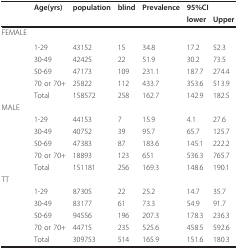
|  | Age(yrs) | population | blind | Prevalence | <COLSPAN=2> 95%CI |
 |  |  |  |  |  | lower | Upper |
 | --- | --- | --- | --- | --- | --- | --- |
 | FEMALE | <COLSPAN=6>  |
 |  | 1-29 | 43152 | 15 | 34.8 | 17.2 | 52.3 |
 |  | 30-49 | 42425 | 22 | 51.9 | 30.2 | 73.5 |
 |  | 50-69 | 47173 | 109 | 231.1 | 187.7 | 274.4 |
 |  | 70 or 70+ | 25822 | 112 | 433.7 | 353.6 | 513.9 |
 |  | Total | 158572 | 258 | 162.7 | 142.9 | 182.5 |
 | MALE |  |  |  |  |  |  |
 |  | 1-29 | 44153 | 7 | 15.9 | 4.1 | 27.6 |
 |  | 30-49 | 40752 | 39 | 95.7 | 65.7 | 125.7 |
 |  | 50-69 | 47383 | 87 | 183.6 | 145.1 | 222.2 |
 |  | 70 or 70+ | 18893 | 123 | 651 | 536.3 | 765.7 |
 |  | Total | 151181 | 256 | 169.3 | 148.6 | 190.1 |
 | TT |  |  |  |  |  |  |
 |  | 1-29 | 87305 | 22 | 25.2 | 14.7 | 35.7 |
 |  | 30-49 | 83177 | 61 | 73.3 | 54.9 | 91.7 |
 |  | 50-69 | 94556 | 196 | 207.3 | 178.3 | 236.3 |
 |  | 70 or 70+ | 44715 | 235 | 525.6 | 458.5 | 592.6 |
 |  | Total | 309753 | 514 | 165.9 | 151.6 | 180.3 |